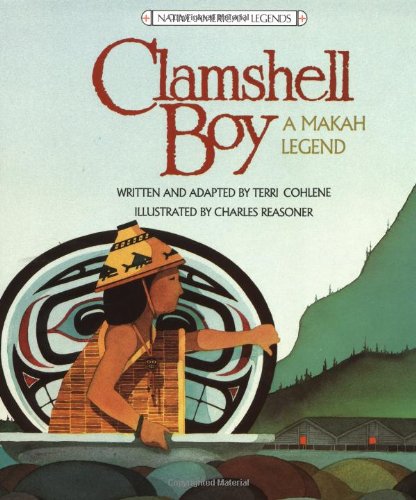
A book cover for Clamshell Boy: A Makah Legend; Terri Cohlene; Children's Books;